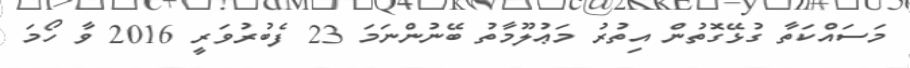
މަސައްކަތާ ގުޅޭގޮތުން އިތުރު މަޢުލޫމާތު ބޭނުންނަމަ 23 ފެބުރުވަރީ 2016 ވާ ހޯމަ